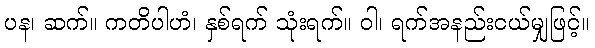
ပန၊ ဆက်။ ကတိပါဟံ၊ နှစ်ရက် သုံးရက်။ ဝါ၊ ရက်အနည်းငယ်မျှဖြင့်။